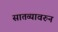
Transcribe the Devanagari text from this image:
सातव्यावरुन